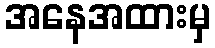
အနေအထားမှ